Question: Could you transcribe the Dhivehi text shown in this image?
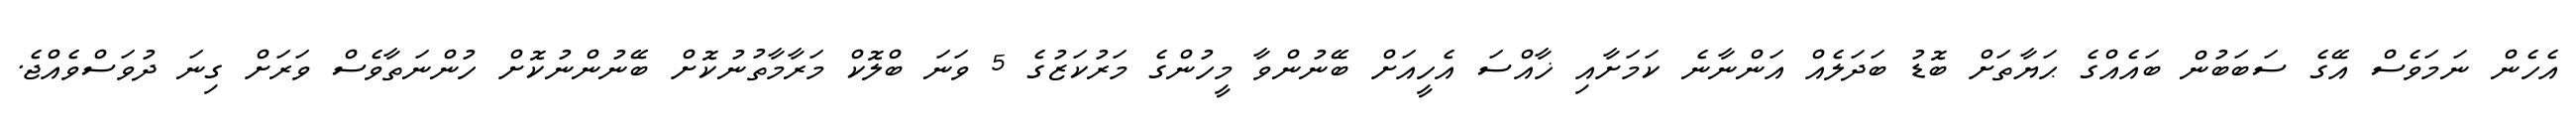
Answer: އެހެން ނަމަވެސް އޭގެ ސަބަބުން ބައެއްގެ ޙަޔާތަށް ބޮޑު ބަދަލެއް އަންނާނެ ކަމަށާއި ޚާއްސަ އެހީއަށް ބޭނުންވާ މީހުންގެ މަރުކަޒުގެ 5 ވަނަ ބްލޮކް މަރާމާތުނުކޮށް ބޭނުންނުކޮށް ހުންނަތާވެސް ވަރަށް ގިނަ ދުވަސްވެއްޖެ.